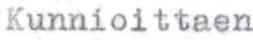
Kunnioittaen